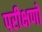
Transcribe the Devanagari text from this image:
परीक्षणो